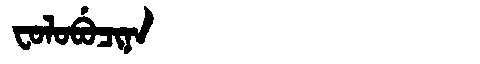
Manchu: ᠸᠣᠯᠣᠪᡠᠴᡳᠨᠠ
Romanization: FOLOBUCINA